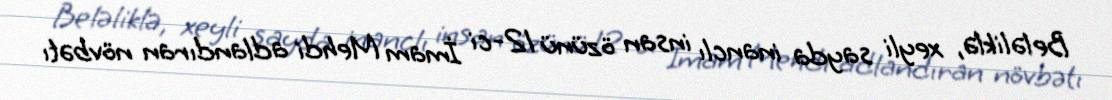
Beləliklə, xeyli sayda inanclı insan özünü 12-ci İmam Mehdi adlandıran növbətı